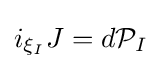
i_{\xi _{I}}J=d{\mathcal {P}}_{I}